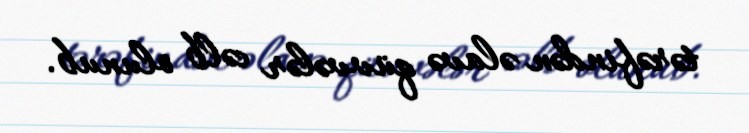
tərəfindən əlavə qüvvələr cəlb olunub.